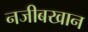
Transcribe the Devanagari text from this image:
नजीबखान